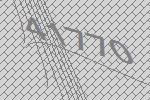
41770